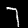
Digit: 7